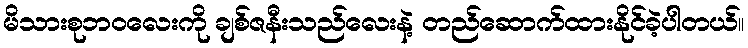
မိသားစုဘဝလေးကို ချစ်ဇနီးသည်လေးနဲ့ တည်ဆောက်ထားနိုင်ခဲ့ပါတယ်။